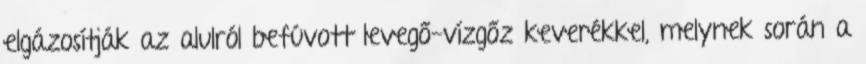
elgázosítják az alulról befúvott levegő-vízgőz keverékkel, melynek során a